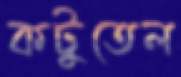
কটুতেল